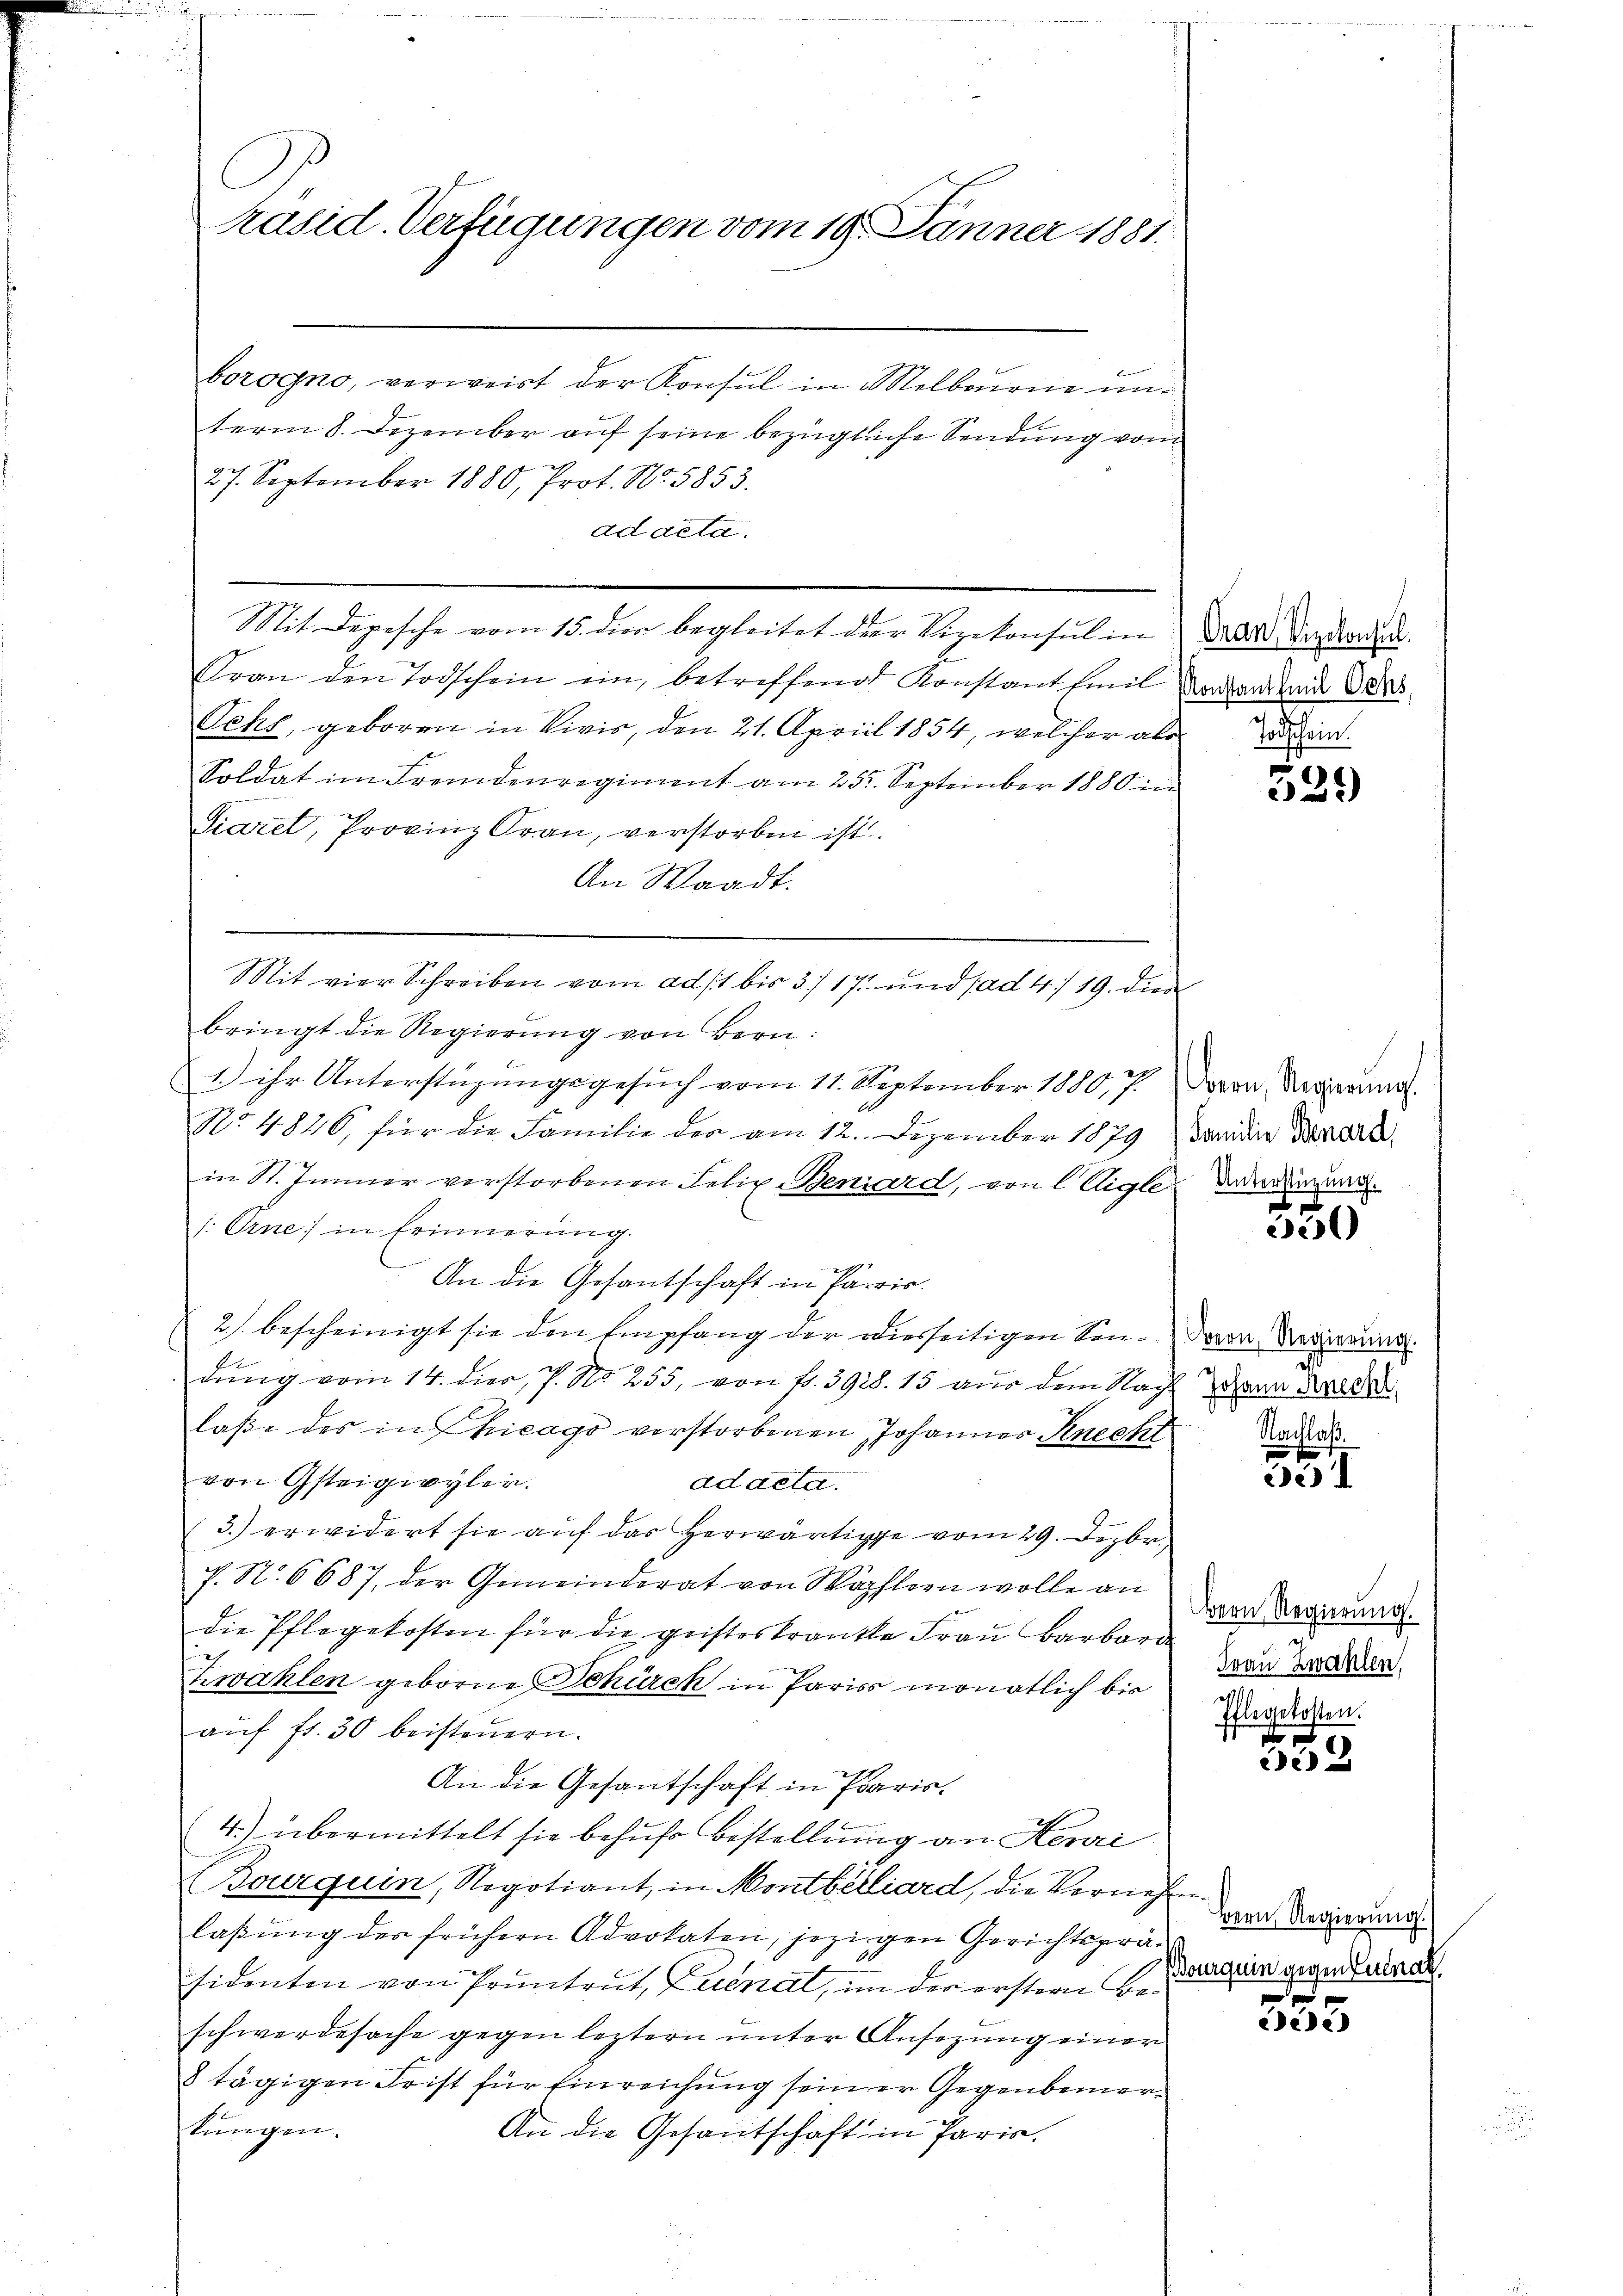
ad deta.

C
räsid. Verfügungen vom 19. Jänner 1881.
borogno, verweist der Konsul in Melbrone unterm 8. Dezember auf seine bezügliche Sendung vom
27. September 1880, Prot. No. 5853.

Frau den Todschein ein, betreffend Konstant Emil
Ochs, geboren in Vivis, den 21. April 1854, welcher als
Soldat im Fremdenregiment am 25t September 1880 in
Siarel, Provinz Grau, verstorben ist.
An Waadt.
bringt die Regierung von Bern:
1.) ihr Unterstüzungsgesuch vom 11. September 1880, 7.
No 4846, für die Familie der am 12. Dezember 1879
in St. Immer verstorbenen Felix Benard, von l Aigle
/: Orne in Erinnerung.
An die Gesantschaft in Paris.
2.) bescheinigt sie den Empfang der diesseitigen Sendung vom 14. dies, P. Nr. 255, von fr. 3928. 15 aus dem Nachlaße des in Chicago verstorbenen Johannes Knecht
von Gsteigwyler.
ad acta.
(3.) erwidert sie auf der herwärtige vom 29. Dezbr.
f. No. 6687, der Gemeinderat von Wählern wolle an
die Pflegekosten für die geisteskrankte Frau Barbar
x
hovahlen geborne Schürek in Paris monatlich bis
aŭf fr. 30 beisteuern.
An die Gesantschaft in Paris.
4.) übermittelt sie behufe bestellung an Heri
(Bourquin, Negotiant, in Montbilliard, die Vernehm
laßung der frühern Advokaten, jezigen Gerichtspräsidenten von Pruntrut, Zuenal, in der erstern Beschwerdesache gegen leztern unter Ansezung einer
8 tägigen Frist für Einreichung seiner Gegenbemerkungen.
An die Gesantschaft in Paris.

Mit Depesche vom 15. dies begleitet der Vizekonsul in

Mit vier Schreiben vom ad 11 bis 3/17 und ad 4/19. die

Oran, Vizekonsul
Konstantheil Ochs,
x
Todschein.

s
323)

Bern, Regierung.
Familie Benard,
Unterstüzung.

22)

Bern, Regierung.
Johann Knecht,
achlaß.

.
 1
e

Bern, Regierung.
Frau Zwahlen,
211
Pflegekosten.

32

Bern Regierung.
Pourquin gegen Zunath.

ede)